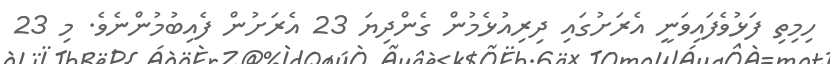
ހިމިތި ފަޅުވެފައިވަނީ އެރަށުގައި ދިރިއުޅެމުން ގެންދިޔަ 23 އެރަށުން ފެއިބުމުންނެވެ. މި 23